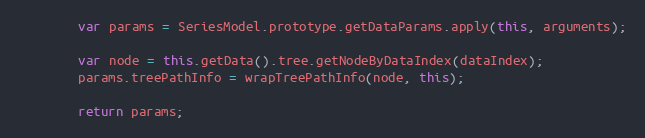
Language: JavaScript
        var params = SeriesModel.prototype.getDataParams.apply(this, arguments);

        var node = this.getData().tree.getNodeByDataIndex(dataIndex);
        params.treePathInfo = wrapTreePathInfo(node, this);

        return params;